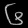
Digit: ၆